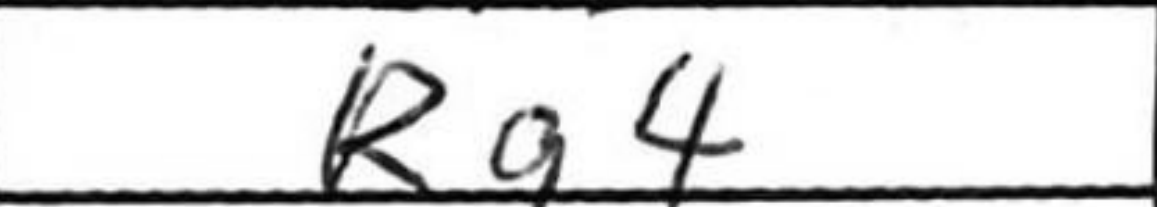
Transcription: Rg4